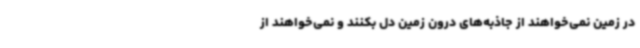
در زمین نمی‌خواهند از جاذبه‌های درون زمین دل بکنند و نمی‌خواهند از